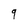
Character: 9